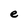
Character: e